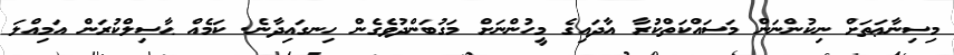
މިސިނާޢަތަށް ނިކުންނަން މަސައްކަތްކުރާ އާދައިގެ މީހުންނަށް މަގުބަންދުވެގެން ހިނގައިދާނެ. ކަމެއް ޙާސިލްކުރަން އަމިއްލަ